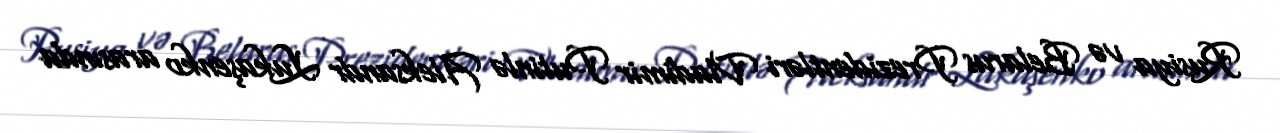
Rusiya və Belarus Prezidentləri Vladimir Putinlə Aleksandr Lukaşenko arasında